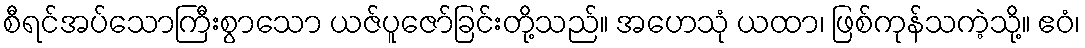
စီရင်အပ်သောကြီးစွာသော ယဇ်ပူဇော်ခြင်းတို့သည်။ အဟေသုံ ယထာ၊ ဖြစ်ကုန်သကဲ့သို့။ ဧဝံ၊